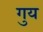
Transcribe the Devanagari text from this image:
गुय